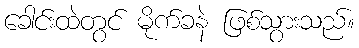
ခေါင်းထဲတွင် မိုက်ခနဲ ဖြစ်သွားသည်။